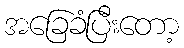
အခြေခံပြီးတော့